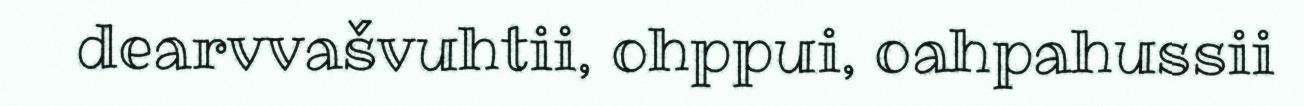
dearvvašvuhtii, ohppui, oahpahussii